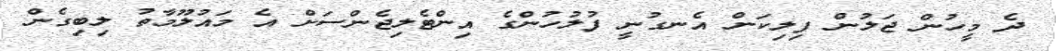
ދެ މީހުން ޖަލުން ފިލިކަން އެނގުނީ ފުލުހުންގެ އިންޓެލިޖެންސަށް އެ މައުލޫމާތު ލިބިގެން